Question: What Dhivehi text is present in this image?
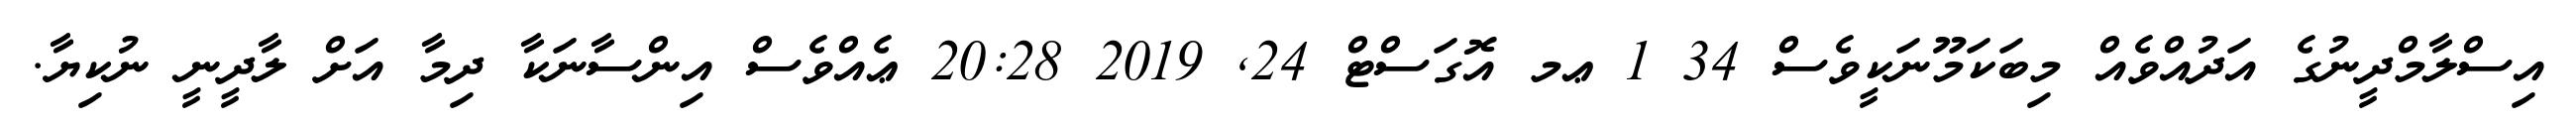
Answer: އިސްލާމްދީނުގެ އަދުއްވެއް މިބަކަމޫނަކީވެސް 34 1 ޢމ އޮގަސްޓް 24, 2019 20:28 ޢެއްވެސް އިންސާނަކާ ދިމާ އަށް ލާދީނީ ނުކިޔާ.